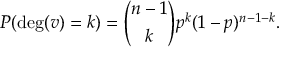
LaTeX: P ( \deg ( v ) = k ) = { \binom { n - 1 } { k } } p ^ { k } ( 1 - p ) ^ { n - 1 - k } .